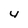
Character: u